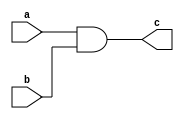
module and_gate(c,a,b);
output c;
input a,b;
wire x;
nand(x,a,b);
nand(c,x,x);
endmodule
module xor_gate(c,a,b);
output c;
input a,b;
wire x,y,l,m;
nand(x,a,a);
nand(y,b,b);
nand(l,x,b);
nand(m,y,a);
nand(c,l,m);
endmodule
module or_gate(c,a,b);
output c;
input a,b;
wire x,y;
nand(x,a,a);
nand(y,b,b);
nand(c,x,y);
endmodule
module halfadder(s,c,a,b);
output s,c;
input a,b;
and_gate and_gate1(c,a,b);
xor_gate xor_gate1(s,a,b);
endmodule

module sixteen_bit_incremenator(s,c,a,b);
input [15:0]a,b;
output [15:0]s;
output c;
wire [14:0]x;
halfadder halfadder_1(s[0],x[0],a[0],1'b1);
halfadder halfadder_2(s[1],x[1],a[1],x[0]);
halfadder halfadder_3(s[2],x[2],a[2],x[1]);
halfadder halfadder_4(s[3],x[3],a[3],x[2]);
halfadder halfadder_5(s[4],x[4],a[4],x[3]);
halfadder halfadder_6(s[5],x[5],a[5],x[4]);
halfadder halfadder_7(s[6],x[6],a[6],x[5]);
halfadder halfadder_8(s[7],x[7],a[7],x[6]);
halfadder halfadder_9(s[8],x[8],a[8],x[7]);
halfadder halfadder_10(s[9],x[9],a[9],x[8]);
halfadder halfadder_11(s[10],x[10],a[10],x[9]);
halfadder halfadder_12(s[11],x[11],a[11],x[10]);
halfadder halfadder_13(s[12],x[12],a[12],x[11]);
halfadder halfadder_14(s[13],x[13],a[13],x[12]);
halfadder halfadder_15(s[14],x[14],a[14],x[13]);
halfadder halfadder_16(s[15],c,a[15],x[14]);
endmodule